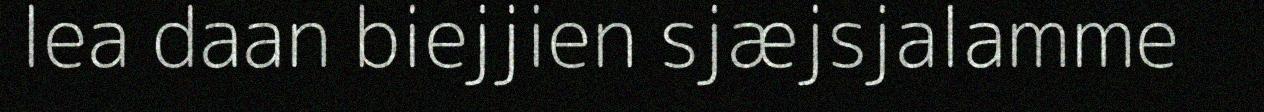
lea daan biejjien sjæjsjalamme